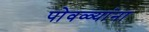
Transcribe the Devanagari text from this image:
पोवळ्यांना